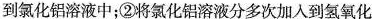
到氯化铝溶液中；②将氯化铝溶液分多次加入到氢氧化